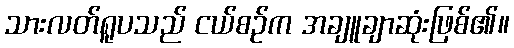
သားလတ်ရူပသည် ငယ်စဉ်က အချူချာဆုံးဖြစ်၏။